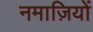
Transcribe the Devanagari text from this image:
नमाज़ियों